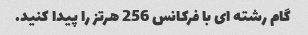
گام رشته ای با فرکانس 256 هرتز را پیدا کنید.